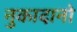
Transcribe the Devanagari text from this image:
नुकादानो